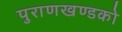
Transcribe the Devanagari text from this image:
पुराणखण्डको